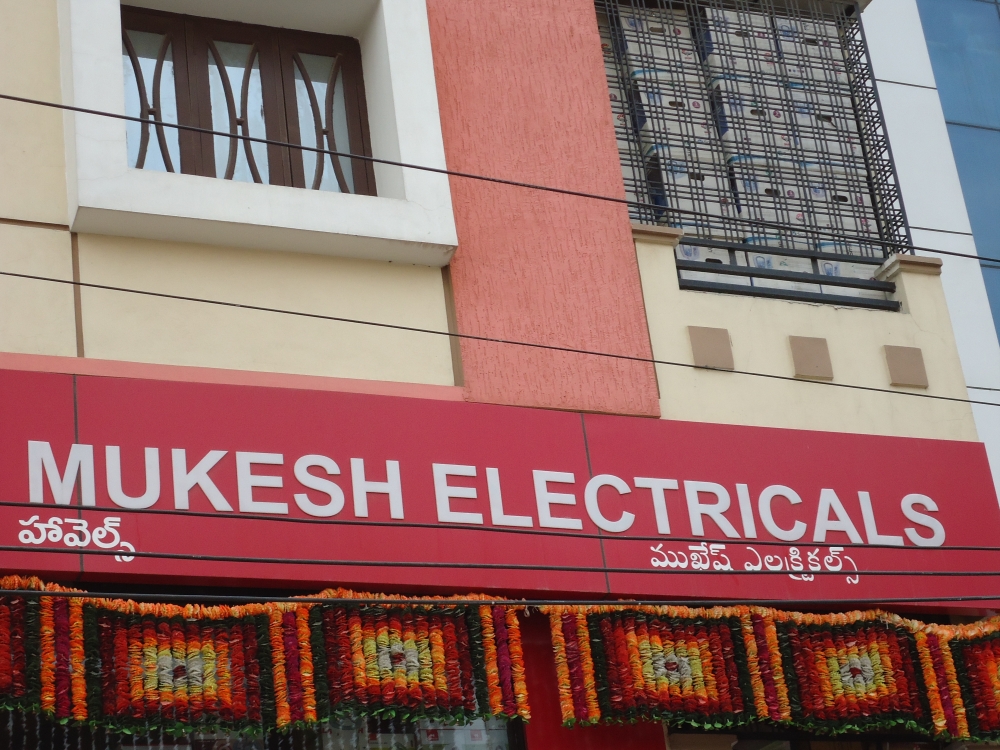
Language: telugu
Transcription: ముఖేష్ ఎలక్ట్రికల్స్ హవెల్స్